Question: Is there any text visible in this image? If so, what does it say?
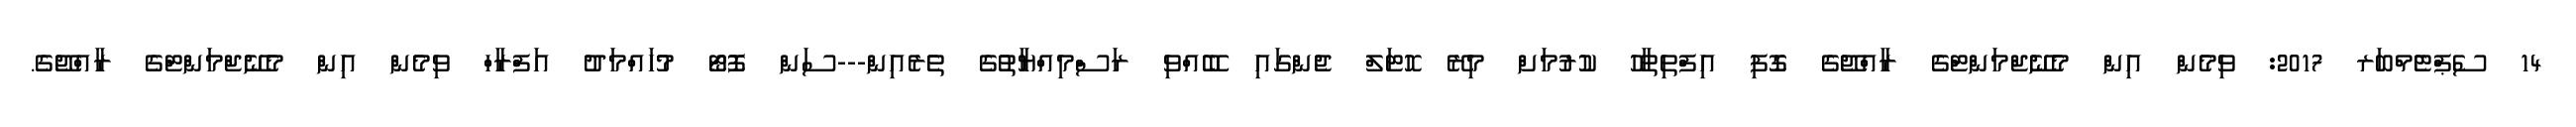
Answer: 14 ސެޕްޓެމްބަރ 2017: ވިމެން އިން މެނޭޖްމަންޓްގެ ރާއްޖޭގެ ގޮފި އިފްތިތާހު ކުރުމަށް މިރޭ ހޮޓަލް ޖެންގައި ބޭއްވި ރަސްމިއްޔާތުގެ ތެރެއިން---ސަން ފޮޓޯ މުހައްމަދު އަފްރާހް ވިމެން އިން މެނޭޖްމަންޓްގެ ރާއްޖޭގެ.